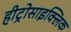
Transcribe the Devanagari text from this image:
हीट्रोसाइक्लिक